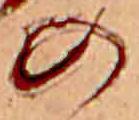
の